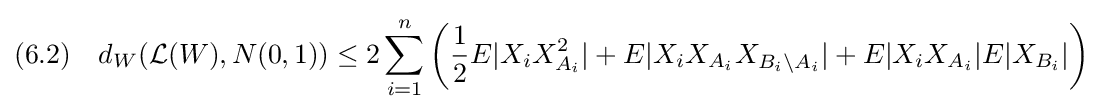
(6.2)\quad d_{W}({\mathcal {L}}(W),N(0,1))\leq 2\sum _{i=1}^{n}\left({\frac {1}{2}}E|X_{i}X_{A_{i}}^{2}|+E|X_{i}X_{A_{i}}X_{B_{i}\setminus A_{i}}|+E|X_{i}X_{A_{i}}|E|X_{B_{i}}|\right)